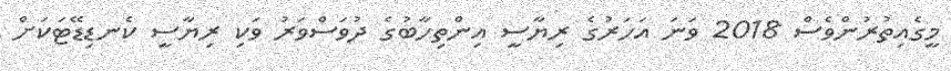
މީގެއިތުރުންވެސް 2018 ވަނަ އަހަރުގެ ރިޔާސީ އިންތިހާބުގެ ދުވަސްވަރު ވަކި ރިޔާސީ ކެނޑިޑޭޓަކަށް